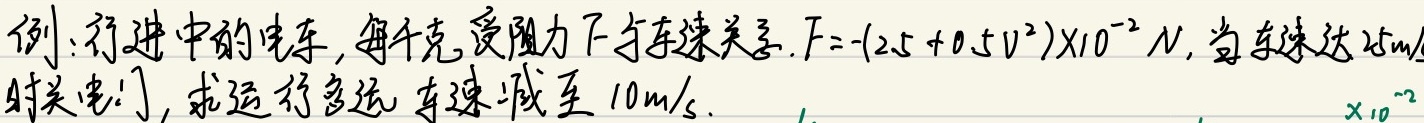
例：行进中的电车，每千克受阻力 \(F\) 与车速关系为 \(F = -(2.5 + 0.5v^{2})\times10^{-2}\ N\)，当车速达 \(25m/s\) 时关电门，求运行多远车速减至 \(10m/s\)。  \(\times10^{-2}\) （这里最后的 \(\times10^{-2}\) 感觉有些突兀，不过按你要求未做修改，若有其他需求可进一步说明）